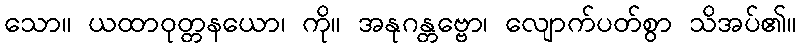
သော။ ယထာဝုတ္တနယော၊ ကို။ အနုဂန္တဗ္ဗော၊ လျောက်ပတ်စွာ သိအပ်၏။